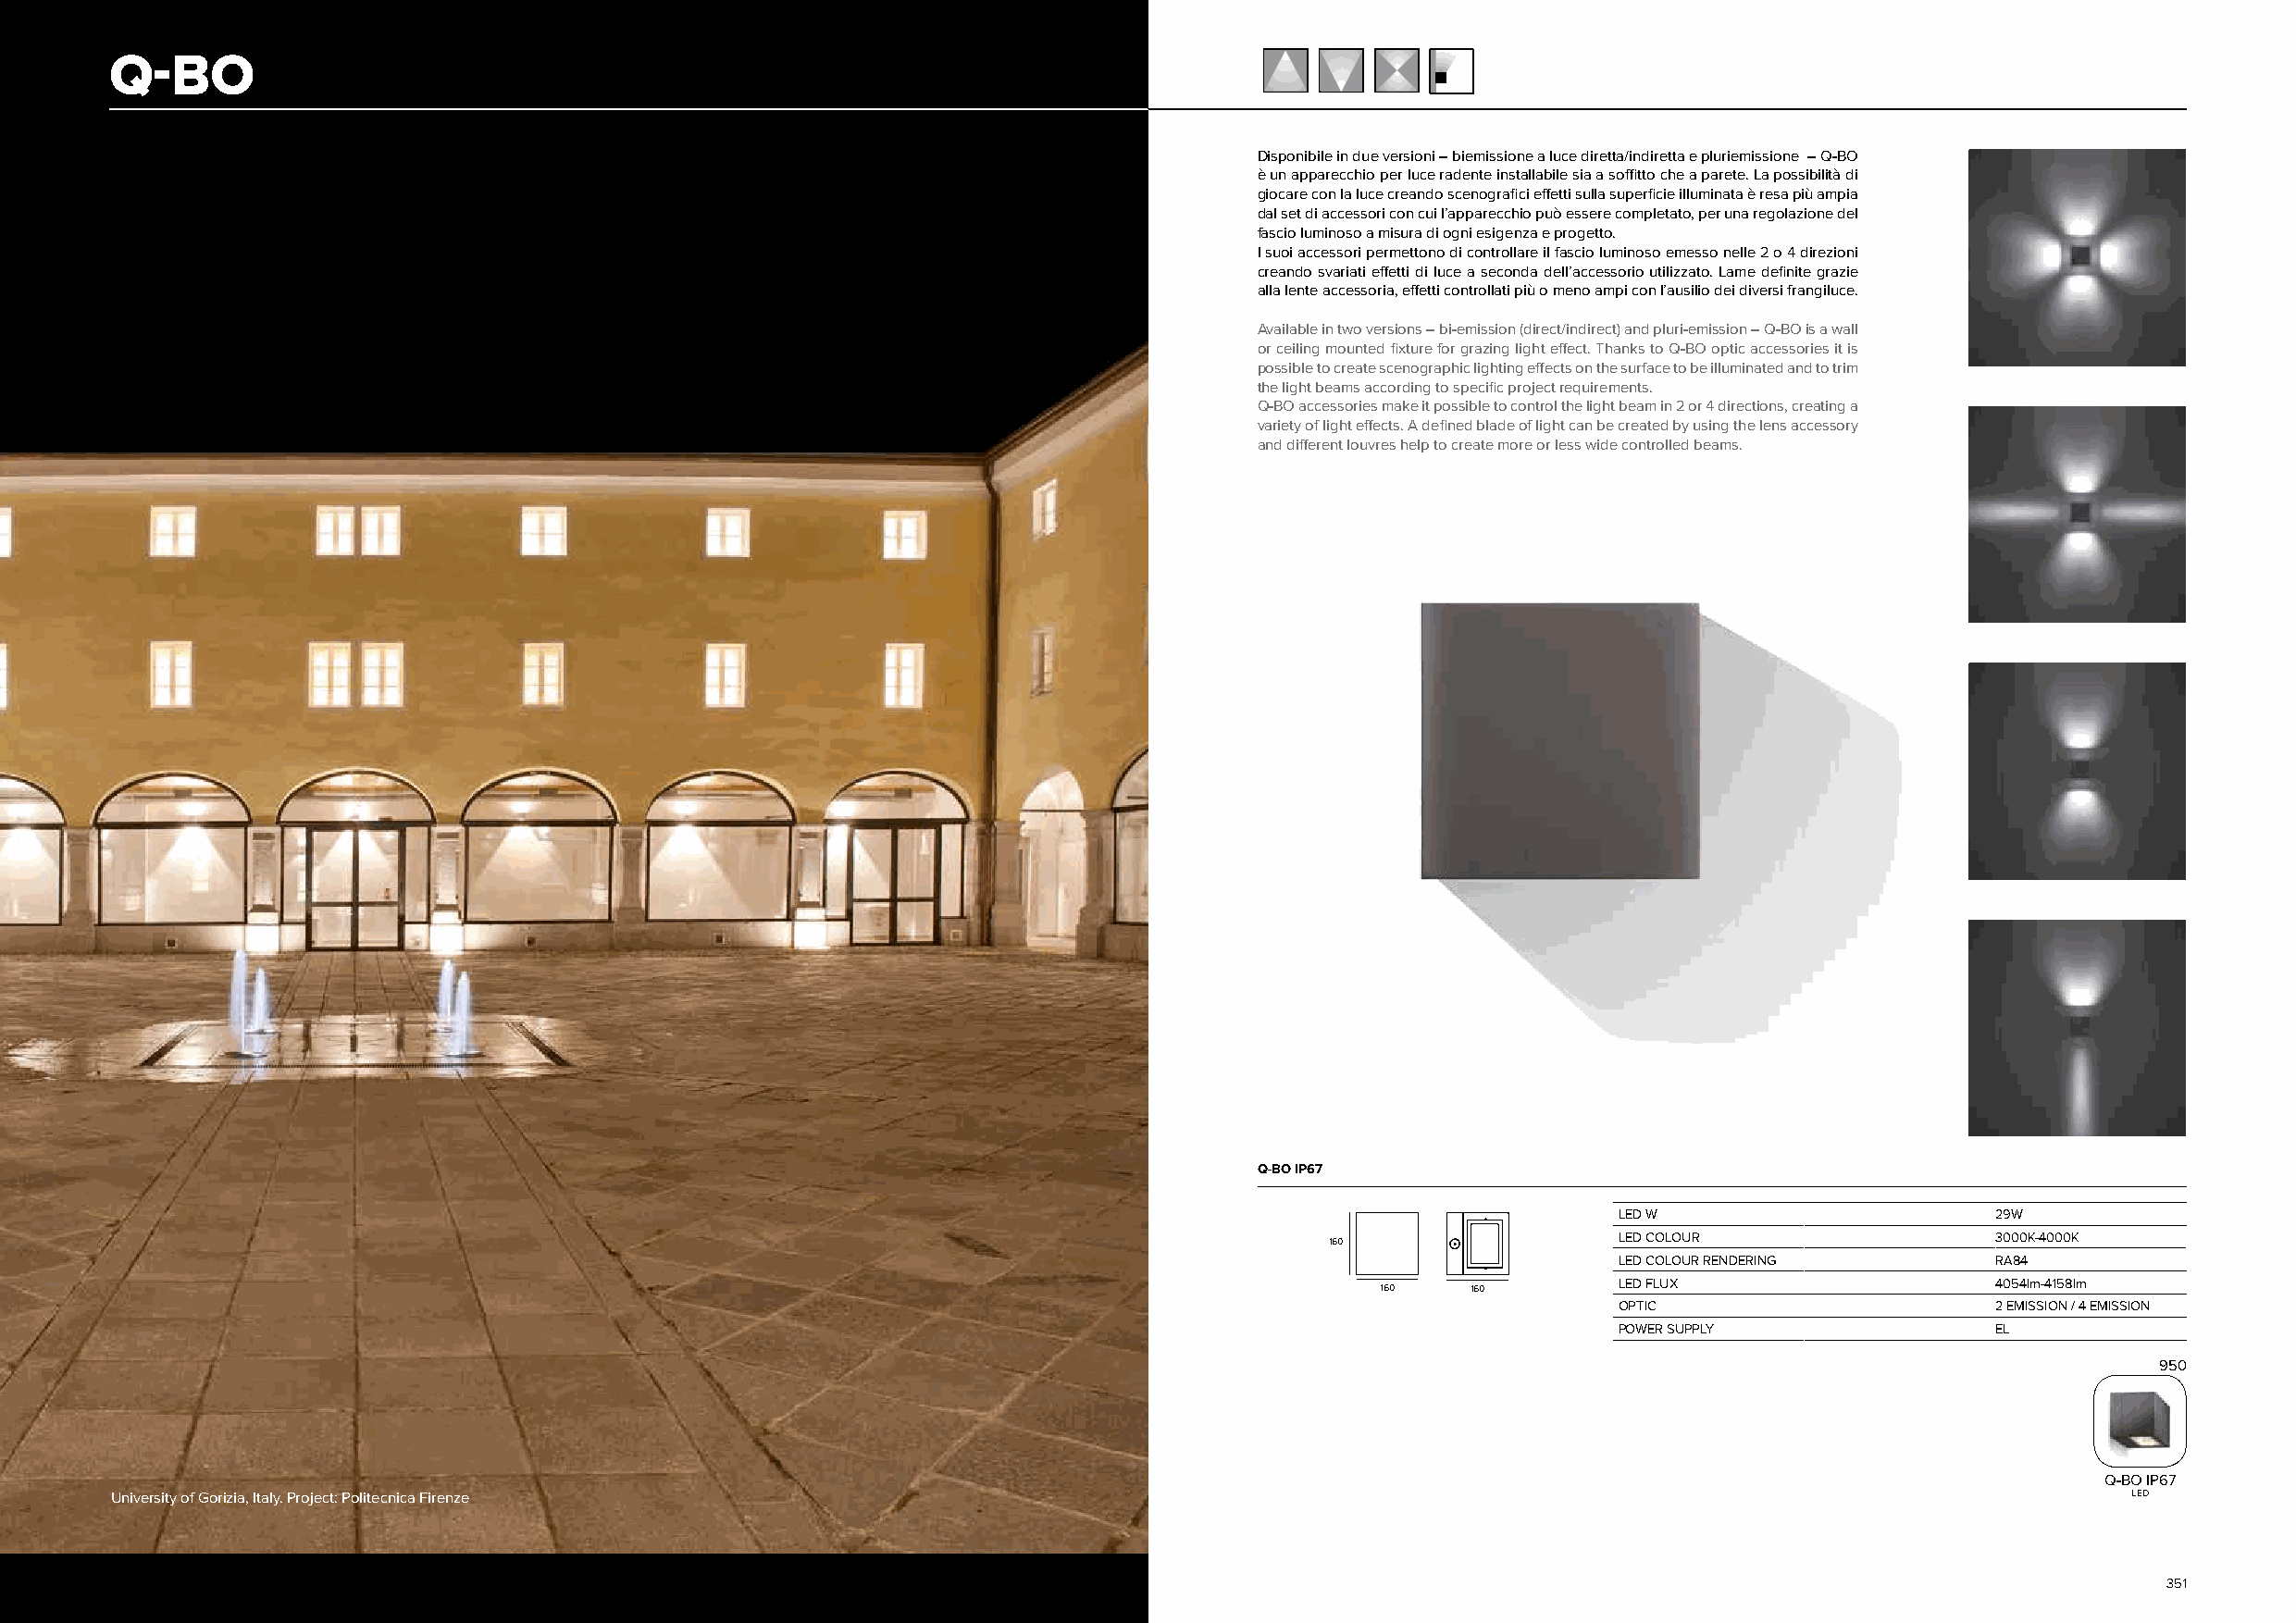
Q-BO
 Disponibile in due versioni – biemissione a luce diretta/indiretta e pluriemissione – Q-BO
 è un apparecchio per luce radente installabile sia a soffitto che a parete. La possibilità di
 giocare con la luce creando scenografici effetti sulla superficie illuminata è resa più ampia
 dal set di accessori con cui l’apparecchio può essere completato, per una regolazione del
 fascio luminoso a misura di ogni esigenza e progetto.
 I suoi accessori permettono di controllare il fascio luminoso emesso nelle 2 o 4 direzioni
 creando svariati effetti di luce a seconda dell’accessorio utilizzato. Lame definite grazie
 alla lente accessoria, effetti controllati più o meno ampi con l’ausilio dei diversi frangiluce.
 Available in two versions – bi-emission (direct/indirect) and pluri-emission – Q-BO is a wall
 or ceiling mounted fixture for grazing light effect. Thanks to Q-BO optic accessories it is
 possible to create scenographic lighting effects on the surface to be illuminated and to trim
 the light beams according to specific project requirements.
 Q-BO accessories make it possible to control the light beam in 2 or 4 directions, creating a
 variety of light effects. A defined blade of light can be created by using the lens accessory
 and different louvres help to create more or less wide controlled beams.
 Q-BO IP67
 LED W                      29W
 LED COLOUR                 3000K-4000K
 160
 LED COLOUR RENDERING       RA84
 LED FLUX                   4054lm-4158lm
 160   160
 OPTIC                      2 EMISSION / 4 EMISSION
 POWER SUPPLY               EL
 950
 Q-BO IP67
 University of Gorizia, Italy. Project: Politecnica Firenze                                                                                      LED
 350                                                                                                                                                351